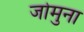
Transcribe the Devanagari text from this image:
जोमुना